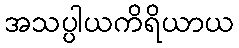
အသပ္ပါယကိရိယာယ